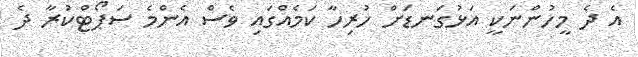
އެ ދެ މީހުންނަކީ އަޅުގަނޑަށް ހުރިހާ ކަމެއްގައި ވެސް އެންމެ ސަޕޯޓްކުރާ ދެ